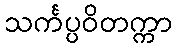
သင်္ကပ္ပဝိတက္ကာ